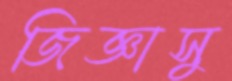
জিজ্ঞাসু